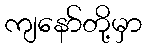
ကျနော်တို့မှာ